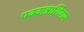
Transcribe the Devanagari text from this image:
पक्वान्नाशिवाय